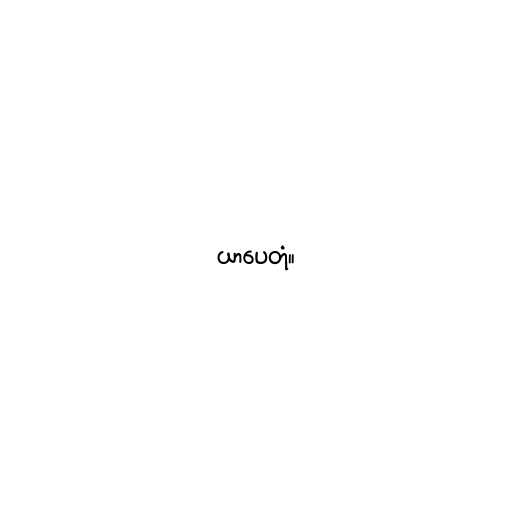
ယာပေတုံ။